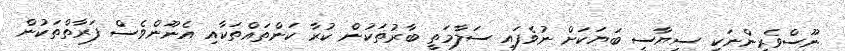
ނޫސްވެރިންނަކީ ސިޔާސީ ބަޔަކަށް ނުވެފައި ސަލާމަތީ ބާރުތަކުން ކުރާ ކަންތައްތަކާއި އެނޫންވެސް ފަރާތްތަކުން